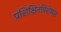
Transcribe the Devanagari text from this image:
प्रशिक्षितविशेषज्ञ